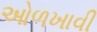
ઓળખાવી